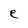
Character: E